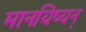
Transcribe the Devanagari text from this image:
मानयिष्यन्